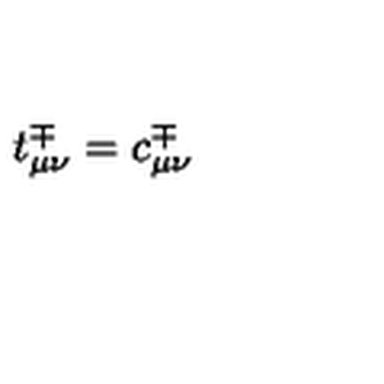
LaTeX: t _ { \mu \nu } ^ { \mp } = c _ { \mu \nu } ^ { \mp }